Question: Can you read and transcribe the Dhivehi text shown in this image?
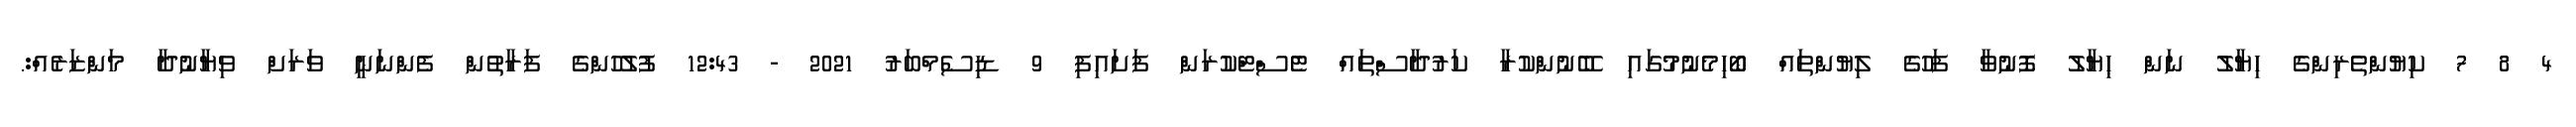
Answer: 4 8 7 ކިޔުންތެރިންގެ ހިޔާލު ނަން ޙިޔާލު ފޮނުވާ ފަހުގެ ލިޔުންތައް ބޯހިމެނުމުގައި ބޭނުންކުރާ ކަރުދާސްތައް ޓެސްޓްކުރަން ފަށައިފި 9 ޑިސެމްބަރު 2021 - 12:43 ފުލުހުންގެ ފަރާތުން ފެންނަނީ ވަރަށް ވިޔާނުދާ މަންޒަރެއް:.